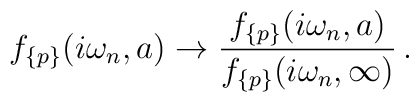
f_{\{p\}}(i\omega_n,a) \to \frac{f_{\{p\}}(i\omega_n,a)}{f_{\{p\}}(i\omega_n,\infty )}\,{.}